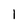
Character: l